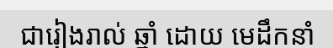
ជារៀងរាល់ ឆ្នាំ ដោយ មេដឹកនាំ